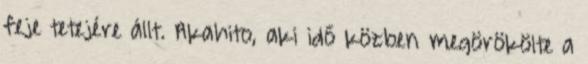
feje tetejére állt. Akahito, aki idő közben megörökölte a